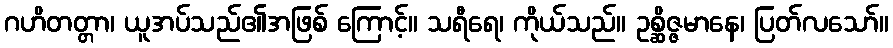
ဂဟိတတ္တာ၊ ယူအပ်သည်၏အဖြစ် ကြောင့်။ သရီရေ၊ ကိုယ်သည်။ ဥစ္ဆိဇ္ဇမာနေ၊ ပြတ်လသော်။